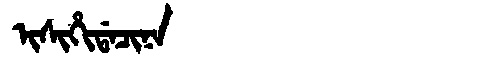
Manchu: ᡳᠰᡳᡥᡳᡩᠠᠴᡳᠨᠠ
Romanization: ISIHIDACINA